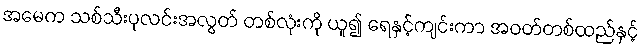
အမေက သစ်သီးပုလင်းအလွတ် တစ်လုံးကို ယူ၍ ရေနှင့်ကျင်းကာ အဝတ်တစ်ထည်နှင့်